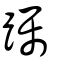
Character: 䠱